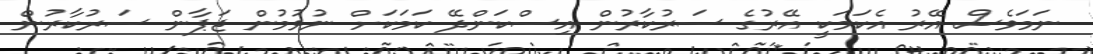
ނަމަވެސް އޭރު އެކަމަކީ އޭރުގެ ސަރުކާރުން އިސްކަންދޭ ކަމަކަށް ނުވުމުން ޖަޕާން ސަރުކާރުން